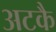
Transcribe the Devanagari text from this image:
अटकै